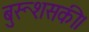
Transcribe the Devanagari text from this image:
बुरूशसकी।